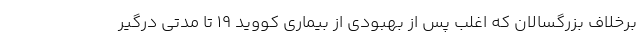
برخلاف بزرگسالان که اغلب پس از بهبودی از بیماری کووید ۱۹ تا مدتی درگیر